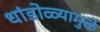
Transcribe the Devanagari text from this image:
धांडोळ्यामुळे